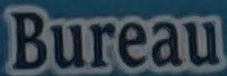
Bureau